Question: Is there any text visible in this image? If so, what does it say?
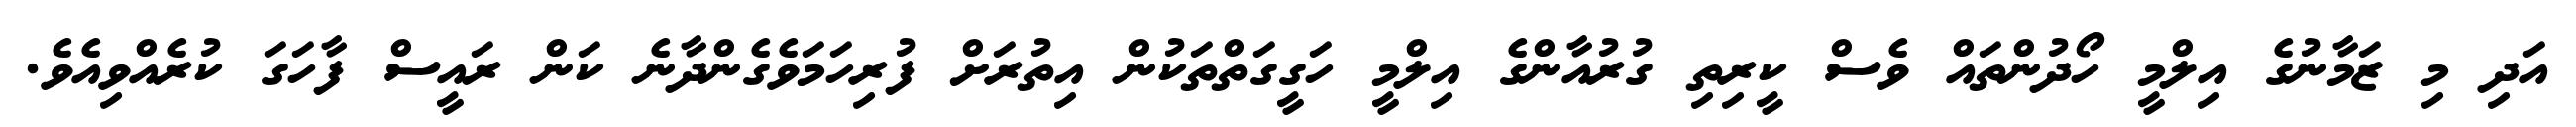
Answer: އަދި މި ޒަމާނުގެ އިލްމީ ހޯދުންތައް ވެސް ކީރިތި ގުރުއާންގެ އިލްމީ ހަގީގަތްތަކުން އިތުރަށް ފުރިހަމަވެގެންދާނެ ކަން ރައީސް ފާހަގަ ކުރެއްވިއެވެ.